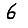
Digit: 6